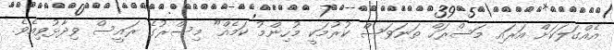
އެއްގަލަކަށް އަރައި މަސްރަހް ތަނަވަސް ކުރުމަކީ މުހިންމު ކަމެއް" މިސްރުގެ ރައީސް ވިދާޅުވިއެވެ.